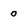
Character: o